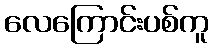
လေကြောင်းပစ်ကူ